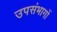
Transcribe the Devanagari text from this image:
उपसंभागों